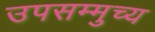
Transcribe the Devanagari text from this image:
उपसम्मुच्य